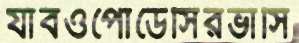
যাবওপোডেসিরভাসি